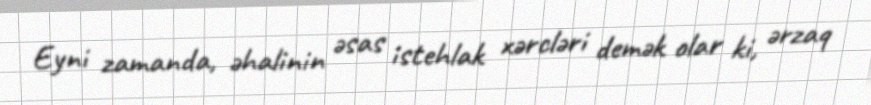
Eyni zamanda, əhalinin əsas istehlak xərcləri demək olar ki, ərzaq